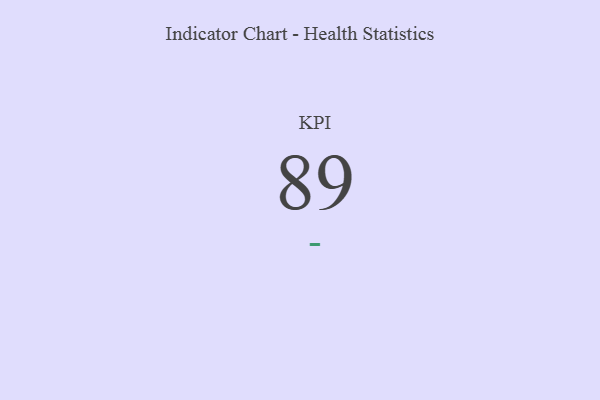
{"axis": {"x": "KPI", "y": "Value"}, "legend": [""], "data": [{"x": "KPI", "y": 89, "type": ""}]}